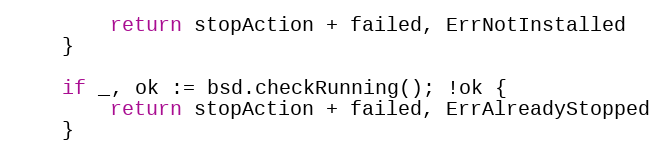
Language: Go
		return stopAction + failed, ErrNotInstalled
	}

	if _, ok := bsd.checkRunning(); !ok {
		return stopAction + failed, ErrAlreadyStopped
	}